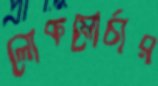
লোকমোর্চার